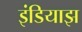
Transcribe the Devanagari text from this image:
इंडियाझ